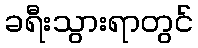
ခရီးသွားရာတွင်